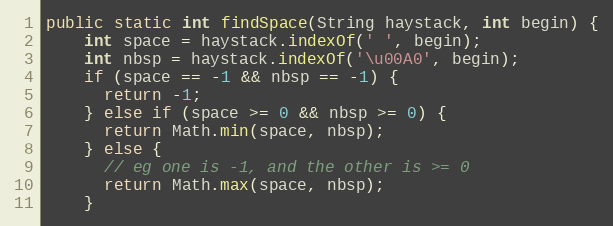
Language: Java
public static int findSpace(String haystack, int begin) {
    int space = haystack.indexOf(' ', begin);
    int nbsp = haystack.indexOf('\u00A0', begin);
    if (space == -1 && nbsp == -1) {
      return -1;
    } else if (space >= 0 && nbsp >= 0) {
      return Math.min(space, nbsp);
    } else {
      // eg one is -1, and the other is >= 0
      return Math.max(space, nbsp);
    }